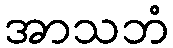
အာသဘံ